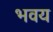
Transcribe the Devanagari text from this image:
भवय